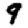
Digit: 9